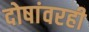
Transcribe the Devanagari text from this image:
दोषांवरही